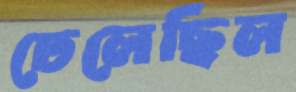
ঢেলেছিল